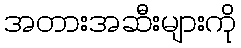
အတားအဆီးများကို